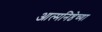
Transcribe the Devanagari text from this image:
आत्मनिष्ठेच्या